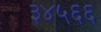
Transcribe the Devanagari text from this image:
३४५६६